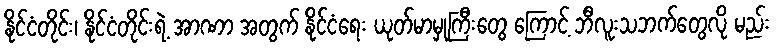
နိုင်ငံတိုင်း၊ နိုင်ငံတိုင်းရဲ့ အာဏာ အတွက် နိုင်ငံရေး ယုတ်မာမှုကြီးတွေ ကြောင့် ဘီလူးသဘက်တွေလို မည်း